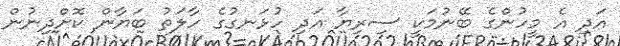
އަދި އެ މީހުންގެ ބޭނުމަކީ ސިރިޔާ އަދި ހުޅަނގުގެ ހާލަތު ބަޔާން ކޮށްދިނުން